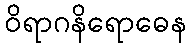
ဝိရာဂနိရောဓေန